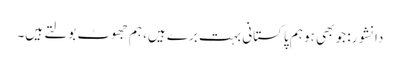
دانشور: جو بھی ہو ہم پاکستانی بہت برے ہیں، ہم جھوٹ بولتے ہیں۔